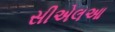
સીએલઆ